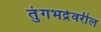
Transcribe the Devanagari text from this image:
तुंगभद्रेवरील